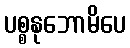
ပစ္စနုဘောမိပေ